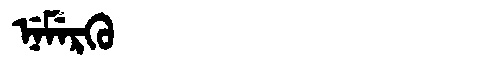
Manchu: ᠨᡝᠮᡝᡵᡴᡠ
Romanization: NEMERKU